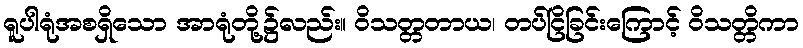
ရူပါရုံအစရှိသော အာရုံတို့၌လည်း။ ဝိသတ္တတာယ၊ တပ်ငြိခြင်းကြောင့် ဝိသတ္တိကာ